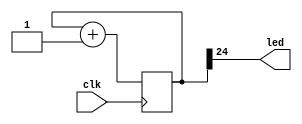
`default_nettype none   //do not allow undeclared wires

module blinky (
    input  wire clk,
    output wire led
    );

    reg [24:0] r_count = 0;

    always @(posedge(clk)) r_count <= r_count + 1;

    assign led = r_count[24];
endmodule